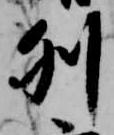
列